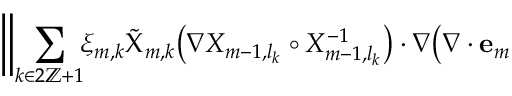
\begin{array} { r l } { \lefteqn { \biggl \| \sum _ { k \in 2 \ensuremath { \mathbb { Z } } + 1 } \! \! \xi _ { m , k } \tilde { \Chi } _ { m , k } \bigl ( \nabla X _ { m - 1 , l _ { k } } \circ X _ { m - 1 , l _ { k } } ^ { - 1 } \bigr ) \cdot \nabla \bigl ( \nabla \cdot \mathbf { e } _ { m - 1 } \bigr ) \biggr \| _ { L ^ { 2 } ( ( 0 , 1 ) \times \ensuremath { \mathbb { T } } ^ { 2 } ) } } \qquad } & { { } } \end{array}